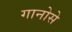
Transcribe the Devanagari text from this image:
गानोसे